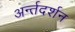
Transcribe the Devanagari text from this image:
अर्न्तदर्शन